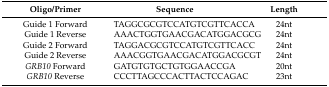
| Oligo/Primer | Sequence | Length |
 | --- | --- | --- |
 | Guide 1 Forward | TAGGCGCGTCCATGTCGTTCACCA | 24nt |
 | Guide 1 Reverse | AAACTGGTGAACGACATGGACGCG | 24nt |
 | Guide 2 Forward | TAGGACGCGTCCATGTCGTTCACC | 24nt |
 | Guide 2 Reverse | AAACGGTGAACGACATGGACGCGT | 24nt |
 | GRB10 Forward | GATGTGTGCTGTGGAACCGA | 20nt |
 | GRB10 Reverse | CCCTTAGCCCACTTACTCCAGAC | 23nt |